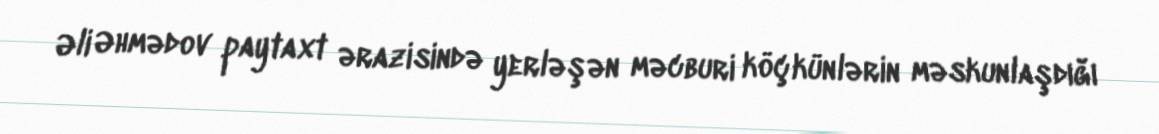
Əli Əhmədov paytaxt ərazisində yerləşən məcburi köçkünlərin məskunlaşdığı